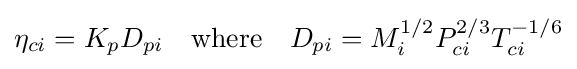
\eta _{ci}=K_{p}D_{pi}\quad {\text{where}}\quad D_{pi}=M_{i}^{1/2}P_{ci}^{2/3}T_{ci}^{-1/6}